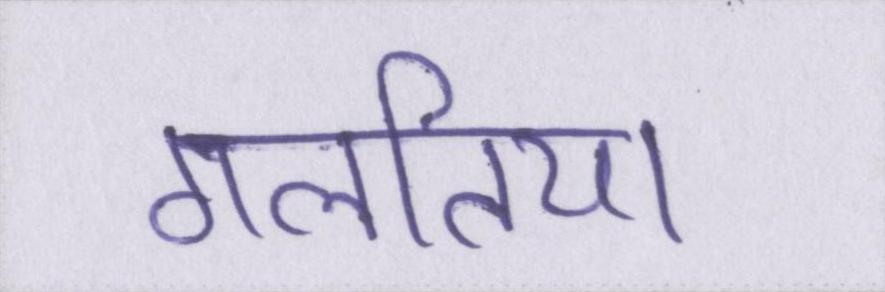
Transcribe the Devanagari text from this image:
गलतिया